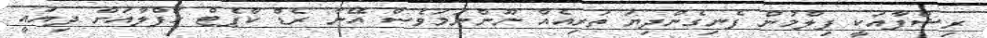
ރިޝްފާއަކީ ފިލްމުން ފެނިގެންދިޔަ ތަރިއެއް ނޫންނަމަވެސް އޭނާ ރެޑް ކާޕެޓް ހަފްލާއަށް ދިޔައީ